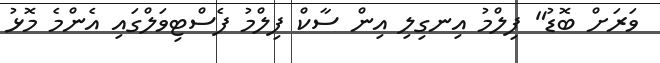
ވަރަށް ބޮޑު" ފިލްމު އިނގިލި އިން ސާކް ފިލްމު ފެސްޓިވަލްގައި އެންމެ މޮޅު